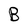
Character: B